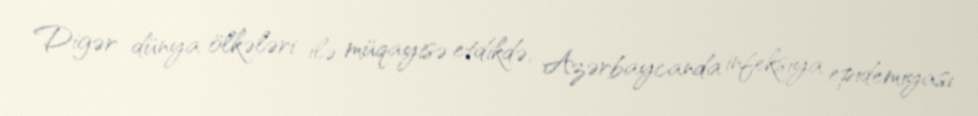
Digər dünya ölkələri ilə müqayisə etdikdə, Azərbaycanda infeksiya epidemiyası